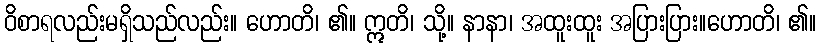
ဝိစာရလည်းမရှိသည်လည်း။ ဟောတိ၊ ၏။ ဣတိ၊ သို့။ နာနာ၊ အထူးထူး အပြားပြား။ဟောတိ၊ ၏။